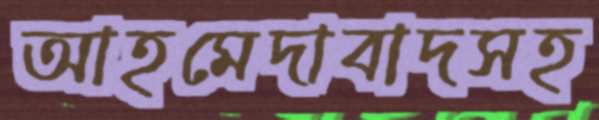
আহমেদাবাদসহ